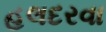
હલદરવા